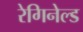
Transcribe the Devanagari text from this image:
रेगिनेल्‍ड